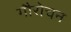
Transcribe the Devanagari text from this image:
गौरोचन